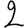
Digit: 2